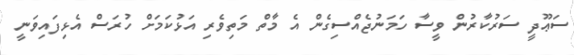
ސަޢޫދީ ސަރުކާރުން ވީސާ ހަމަނުޖެއްސިގެން އެ މާތް މަތިވެރި އަޅުކަމަށް ހުރަސް އެޅިފައިވަނީ